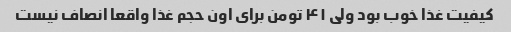
کیفیت غذا خوب بود ولی ۴۱ تومن برای اون حجم غذا واقعا انصاف نیست